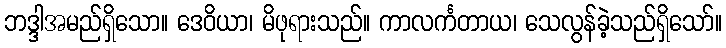
ဘဒ္ဒါအမည်ရှိသော။ ဒေဝိယာ၊ မိဖုရားသည်။ ကာလင်္ကတာယ၊ သေလွန်ခဲ့သည်ရှိသော်။